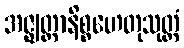
အဇ္ဈတ္တာနိစ္စဟေတုသုတ္တံ